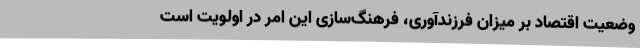
وضعیت اقتصاد بر میزان فرزندآوری، فرهنگ‌سازی این امر در اولویت است